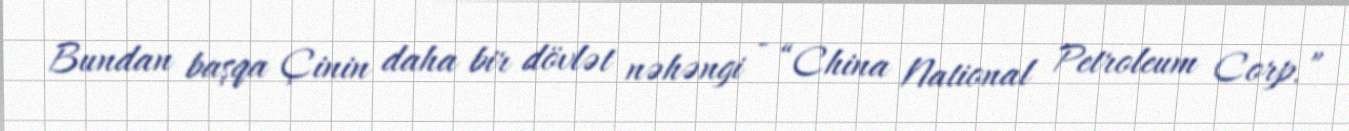
Bundan başqa Çinin daha bir dövlət nəhəngi - “China National Petroleum Corp.”